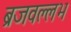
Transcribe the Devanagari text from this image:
ब्रजवल्लभ